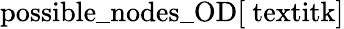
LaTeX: \mathrm{possible\_ nodes\_ OD[\ textit{k}]}